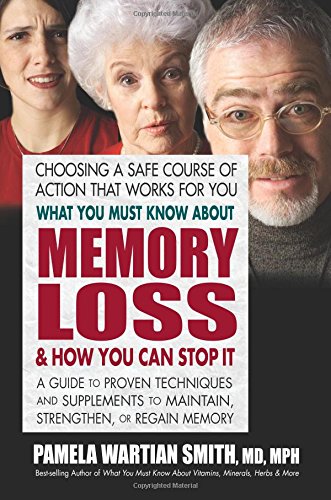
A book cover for What You Must Know About Memory Loss & How You Can Stop It: A Guide to Proven Techniques and Supplements to Maintain, Strengthen, or Regain Memory; Pamela Wartian Smith; Self-Help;